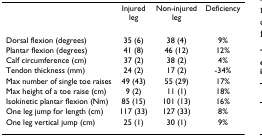
|  | Injured leg | Non-injured leg | Deficiency |
 | --- | --- | --- | --- |
 | Dorsal flexion (degrees) | 35 (6) | 38 (4) | 9% |
 | Plantar flexion (degrees) | 41 (8) | 46 (12) | 12% |
 | Calf circumference (cm) | 37 (2) | 38 (2) | 4% |
 | Tendon thickness (mm) | 24 (2) | 17 (2) | -34% |
 | Max number of single toe raises | 49 (43) | 55 (29) | 17% |
 | Max height of a toe raise (cm) | 9 (2) | 11 (1) | 18% |
 | Isokinetic plantar flexion (Nm) | 85 (15) | 101 (13) | 16% |
 | One leg jump for length (cm) | 117 (33) | 127 (33) | 8% |
 | One leg vertical jump (cm) | 25 (1) | 30 (1) | 9% |